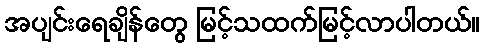
အပျင်းရေချိန်တွေ မြင့်သထက်မြင့်လာပါတယ်။